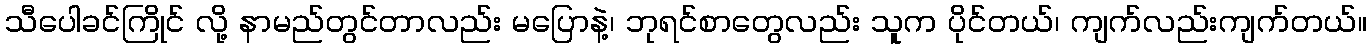
သီပေါခင်ကြိုင် လို့ နာမည်တွင်တာလည်း မပြောနဲ့၊ ဘုရင်စာတွေလည်း သူက ပိုင်တယ်၊ ကျက်လည်းကျက်တယ်။